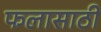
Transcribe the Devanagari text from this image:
फलासाठी